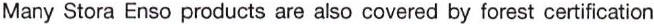
Many Stora Enso products are also covered by forest certification